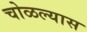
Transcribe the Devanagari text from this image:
चोळल्यास